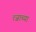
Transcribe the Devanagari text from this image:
त्जाच्या